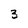
Character: 3